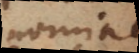
nomine